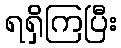
ရရှိကြပြီး